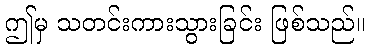
ဤမှ သတင်းကားသွားခြင်း ဖြစ်သည်။